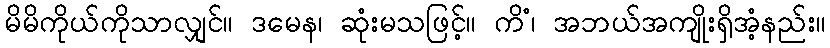
မိမိကိုယ်ကိုသာလျှင်။ ဒမေန၊ ဆုံးမသဖြင့်။ ကိံ၊ အဘယ်အကျိုးရှိအံ့နည်း။